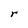
Character: r